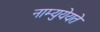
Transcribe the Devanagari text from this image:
नाम्युयेयते